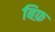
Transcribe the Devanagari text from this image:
बिफ़